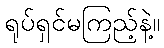
ရုပ်ရှင်မကြည့်နဲ့။